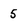
Character: 5